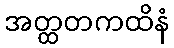
အတ္ထတကထိနံ